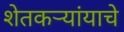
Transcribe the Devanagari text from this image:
शेतकर्‍यांयाचे